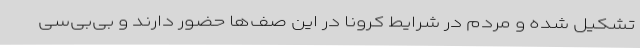
تشکیل شده و مردم در شرایط کرونا در این صف‌ها حضور دارند و بی‌بی‌سی